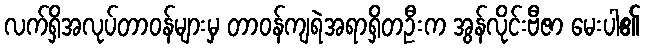
လက်ရှိအလုပ်တာဝန်များမှ တာဝန်ကျရဲအရာရှိတဦးက အွန်လိုင်းဗီဇာ မေးပါ၏